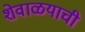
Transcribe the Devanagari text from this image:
शेवाळयाची